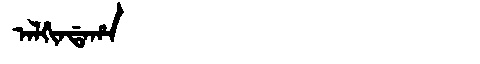
Manchu: ᠠᠯᡤᡳᠨᡩᠠᡥᠠ
Romanization: ALGINDAHA